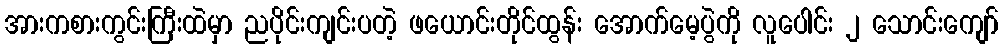
အားကစားကွင်းကြီးထဲမှာ ညပိုင်းကျင်းပတဲ့ ဖယောင်းတိုင်ထွန်း အောက်မေ့ပွဲကို လူပေါင်း ၂ သောင်းကျော်